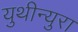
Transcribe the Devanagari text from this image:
युथीन्युरा